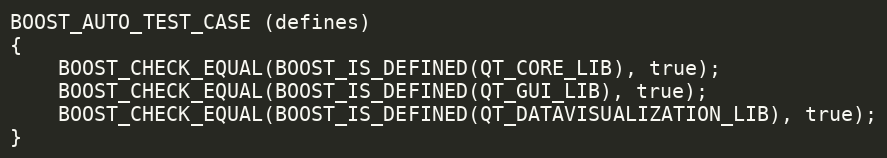
Language: C++
BOOST_AUTO_TEST_CASE (defines)
{
    BOOST_CHECK_EQUAL(BOOST_IS_DEFINED(QT_CORE_LIB), true);
    BOOST_CHECK_EQUAL(BOOST_IS_DEFINED(QT_GUI_LIB), true);
    BOOST_CHECK_EQUAL(BOOST_IS_DEFINED(QT_DATAVISUALIZATION_LIB), true);
}